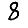
Digit: 8